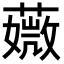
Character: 𦾡